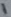
Text: 1